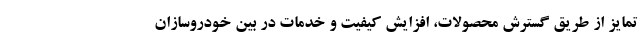
تمایز از طریق گسترش محصولات، افزایش کیفیت و خدمات در بین خودروسازان